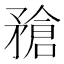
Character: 𥎄